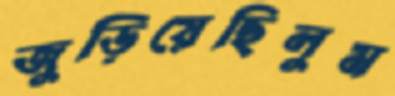
জুড়িয়েছিলুম